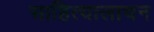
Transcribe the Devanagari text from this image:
साहित्यालाचन